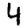
Digit: 4